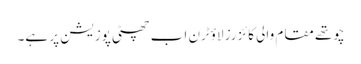
چوتھے مقام والی کائزرز لاؤٹرن اب چھٹی پوزیشن پر ہے۔